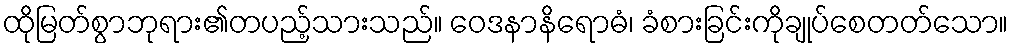
ထိုမြတ်စွာဘုရား၏တပည့်သားသည်။ ဝေဒနာနိရောဓံ၊ ခံစားခြင်းကိုချုပ်စေတတ်သော။